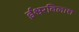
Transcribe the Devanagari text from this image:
ईश्वरविलाश